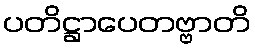
ပတိဋ္ဌာပေတဗ္ဗာတိ